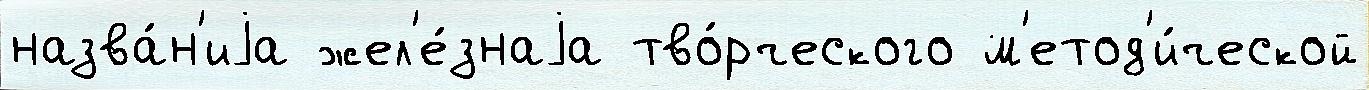
назва́н'иjа жел'е́знаjа тво́рческого м'етод'и́ческой